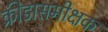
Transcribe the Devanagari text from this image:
क्रीडासमीक्षक